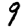
Digit: 9